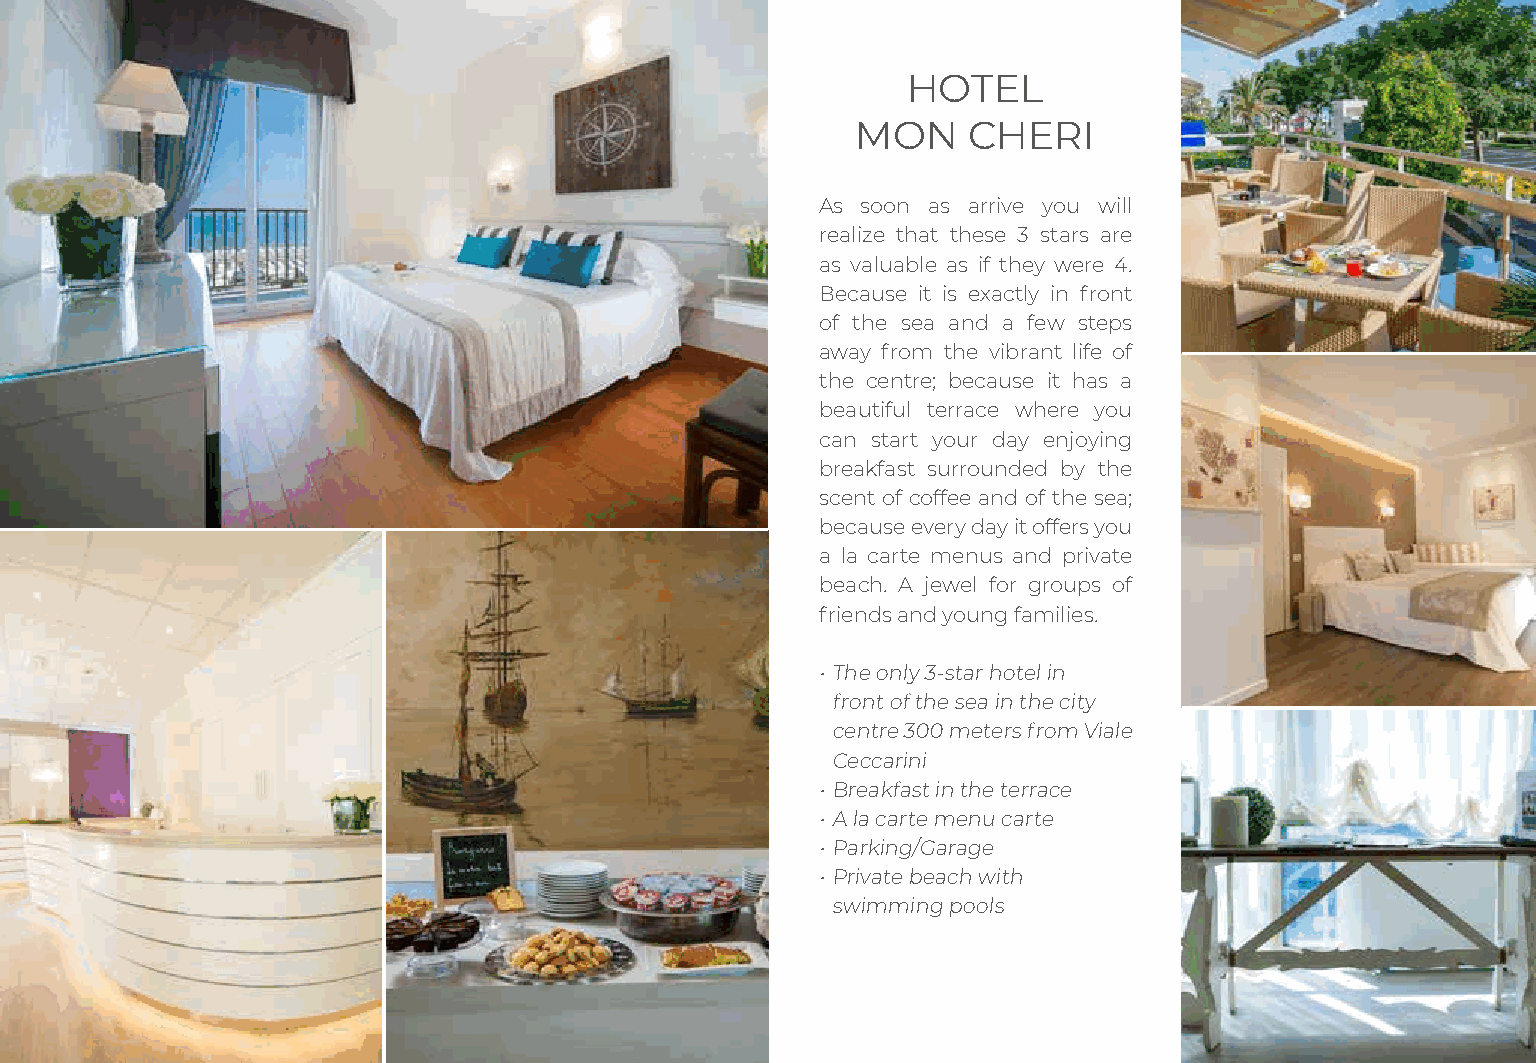
HOTEL
 MON    CHERI
 As soon as arrive you will
 realize that these 3 stars are
 as valuable as if they were 4.
 Because it is exactly in front
 of the sea and a few steps
 away from the vibrant life of
 the centre; because it has a
 beautiful terrace where you
 can start your day enjoying
 breakfast surrounded by the
 scent of coffee and of the sea;
 because every day it offers you
 a la carte menus and private
 beach. A jewel for groups of
 friends and young families.
 • The only 3-star hotel in
 front of the sea in the city
 centre 300 meters from Viale
 Ceccarini
 • Breakfast in the terrace
 • A la carte menu carte
 • Parking/Garage
 • Private beach with
 swimming pools